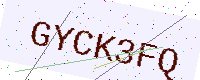
Text: GYCK3FQ